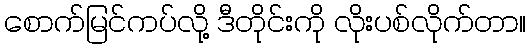
စောက်မြင်ကပ်လို့ ဒီတိုင်းကို လိုးပစ်လိုက်တာ။